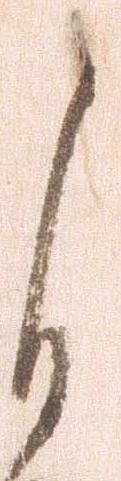
自